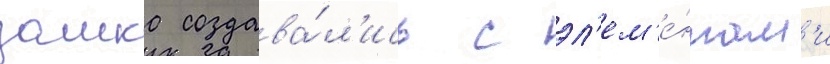
замка создава́л'ись с эл'ем'е́нтам'и